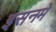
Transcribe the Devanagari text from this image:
इसनमें